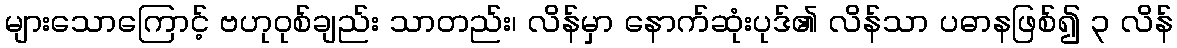
များသောကြောင့် ဗဟုဝုစ်ချည်း သာတည်း၊ လိန်မှာ နောက်ဆုံးပုဒ်၏ လိန်သာ ပဓာနဖြစ်၍ ၃ လိန်